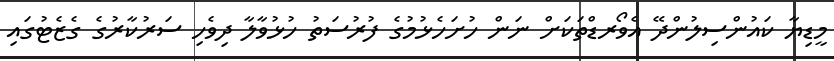
މީޑިޔާ ކައުންސިލުންދޭ އެވޯރޑްތަކަށް ނަން ހުށަހެޅުމުގެ ފުރުސަތު ހުޅުވާލާ ދިވެހި ސަރުކާރުގެ ގެޒެޓުގައި